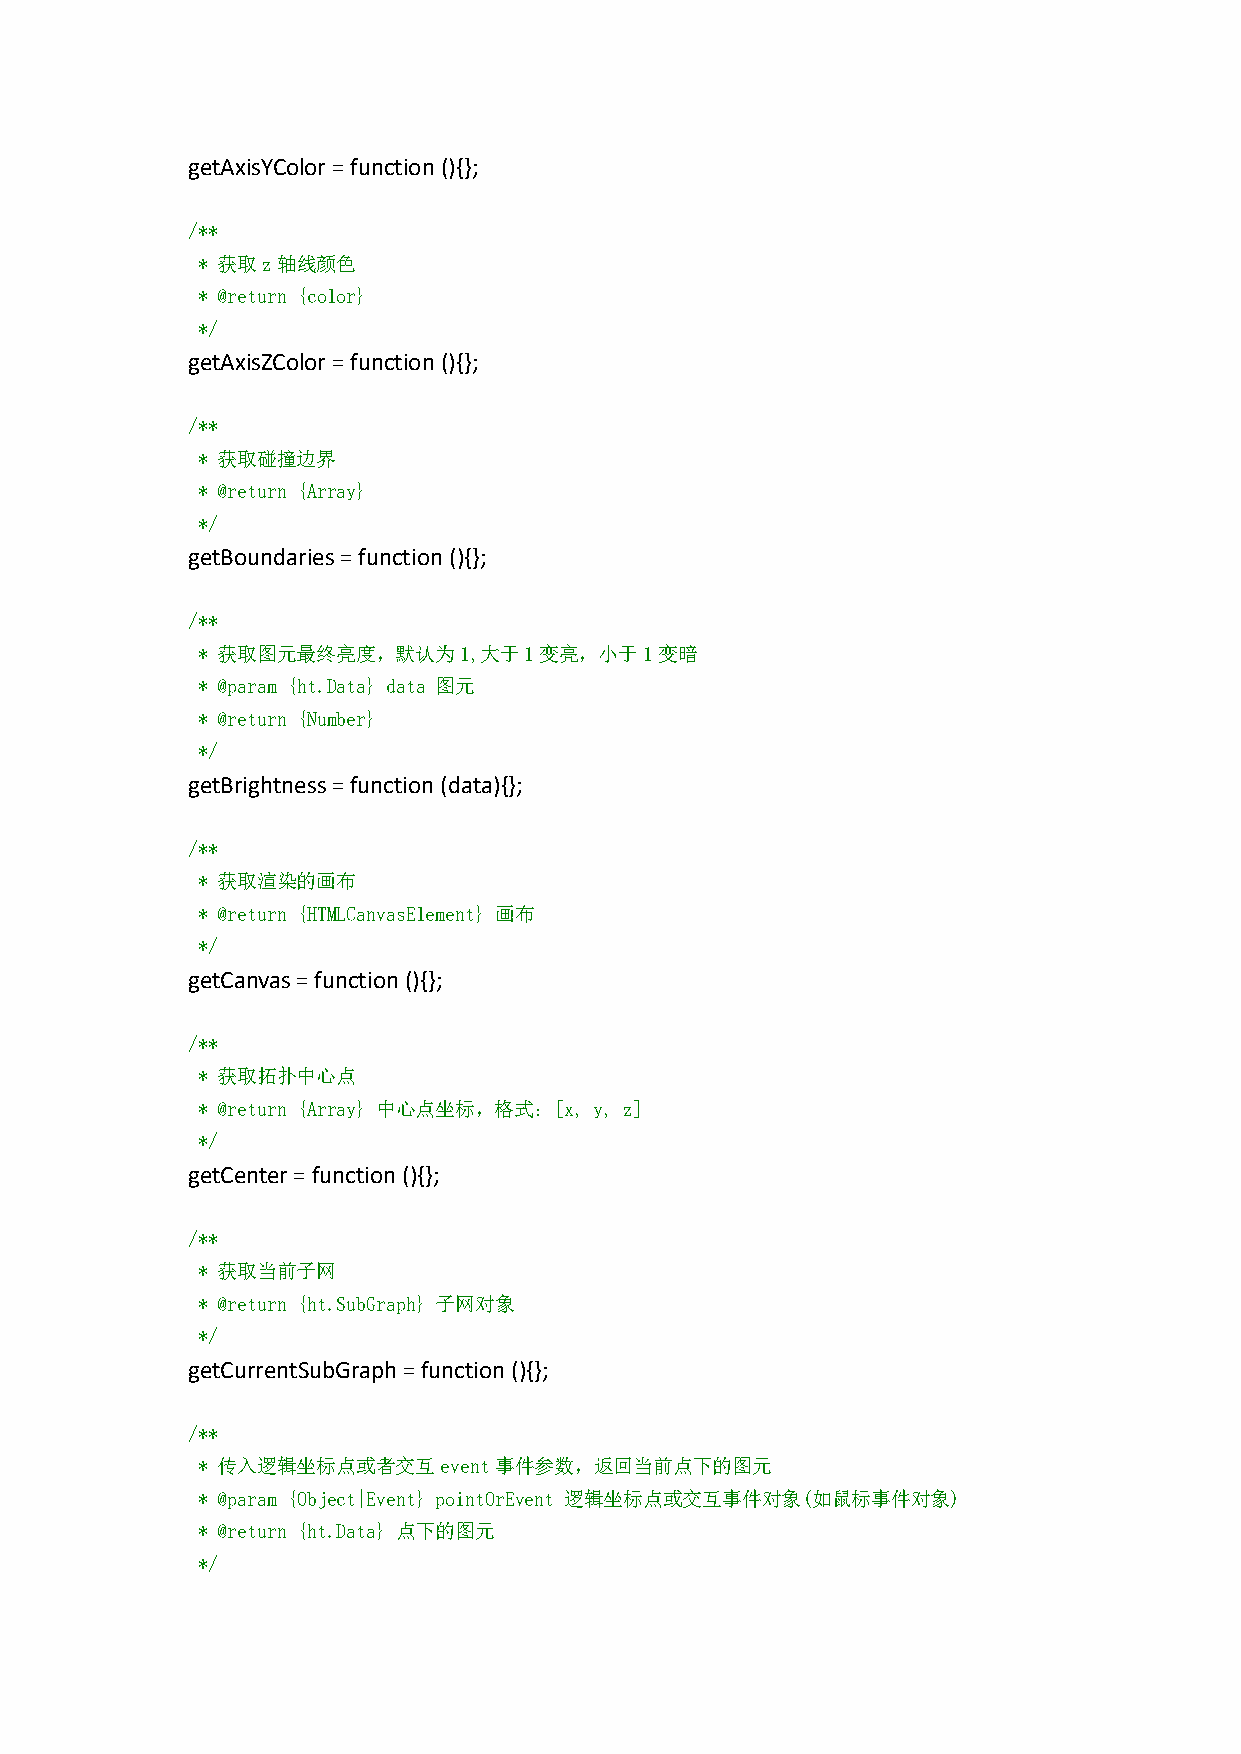
getAxisYColor=function(){};
 /**
 * 获取z轴线颜色
 * @return {color}
 */
 getAxisZColor=function(){};
 /**
 * 获取碰撞边界
 * @return {Array}
 */
 getBoundaries=function (){};
 /**
 * 获取图元最终亮度，默认为1,大于1变亮，小于1变暗
 * @param {ht.Data} data 图元
 * @return {Number}
 */
 getBrightness=function(data){};
 /**
 * 获取渲染的画布
 * @return {HTMLCanvasElement} 画布
 */
 getCanvas=function(){};
 /**
 * 获取拓扑中心点
 * @return {Array} 中心点坐标，格式：[x, y, z]
 */
 getCenter=function(){};
 /**
 * 获取当前子网
 * @return {ht.SubGraph} 子网对象
 */
 getCurrentSubGraph=function(){};
 /**
 * 传入逻辑坐标点或者交互event事件参数，返回当前点下的图元
 * @param {Object|Event} pointOrEvent 逻辑坐标点或交互事件对象(如鼠标事件对象)
 * @return {ht.Data} 点下的图元
 */